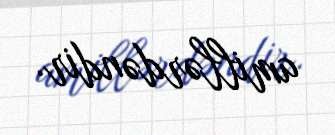
amillərdəndir.